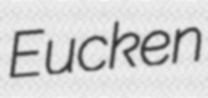
Eucken